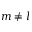
m \neq l